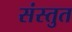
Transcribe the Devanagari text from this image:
संस्‍तुत